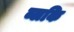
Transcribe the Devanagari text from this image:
ब्लकि